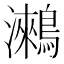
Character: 𪅍